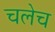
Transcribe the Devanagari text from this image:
चलेच